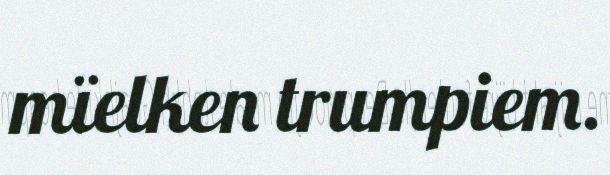
mïelken trumpiem.